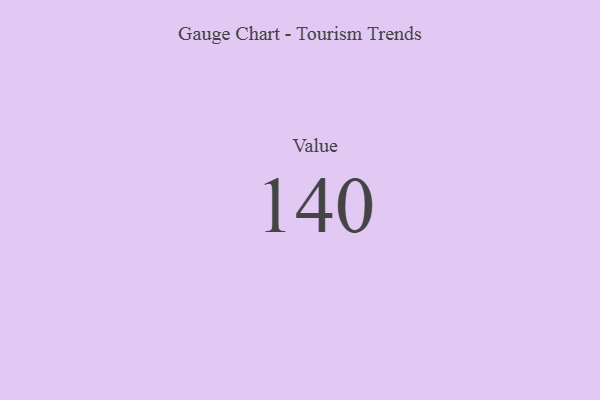
{"axis": {"x": "Metric", "y": "Value"}, "legend": [""], "data": [{"x": "Value", "y": 140, "type": ""}]}